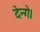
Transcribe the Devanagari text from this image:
देन्गे।